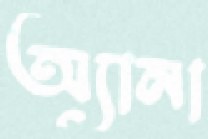
অ্যানা